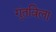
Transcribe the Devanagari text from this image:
गुंतविला